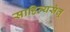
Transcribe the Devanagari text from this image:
साहित्यसेतू